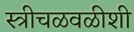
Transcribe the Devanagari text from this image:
स्त्रीचळवळीशी